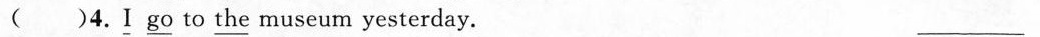
( )4.\underline{I} \underline{go} to \underline{the} museum yesterday. ___